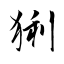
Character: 猁